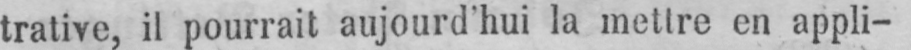
trative, il pourrait aujourd’hui la mettre en appli-